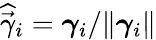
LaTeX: \widehat{\vec{\gamma}}_{i}=\boldsymbol{\gamma}_{i}/\Vert\boldsymbol{\gamma}_{i}\Vert